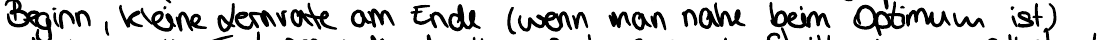
Beginn, kleine Lernrate am Ende (wenn man nahe beim Optimum ist)